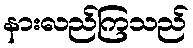
နားလည်ကြသည်